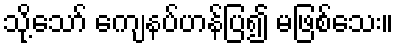
သို့သော် ကျေနပ်ဟန်ပြ၍ မဖြစ်သေး။